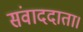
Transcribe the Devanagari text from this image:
संवाददाता।